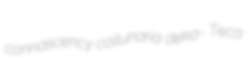
connascency collunaria deka- Teca